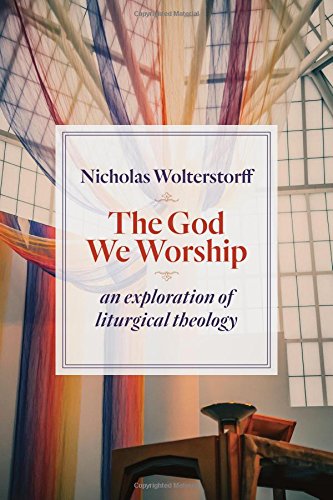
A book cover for The God We Worship: An Exploration of Liturgical Theology (Kantzer Lectures in Revealed Theology (KLRT)); Nicholas Wolterstorff; Christian Books & Bibles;